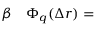
\begin{array} { r l } { \beta } & { { } \Phi _ { q } ( \Delta r ) = } \end{array}